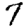
Digit: 7